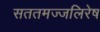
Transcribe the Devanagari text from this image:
सततमज्जलिरेष